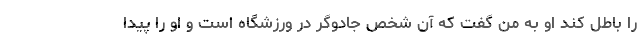
را باطل کند او به من گفت که آن شخص جادوگر در ورزشگاه است و او را پیدا